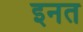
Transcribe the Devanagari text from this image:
इनत